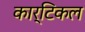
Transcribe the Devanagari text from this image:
कार्टिकल